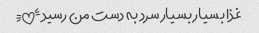
غذا بسیار بسیار سرد به دست من رسید!!!!!!